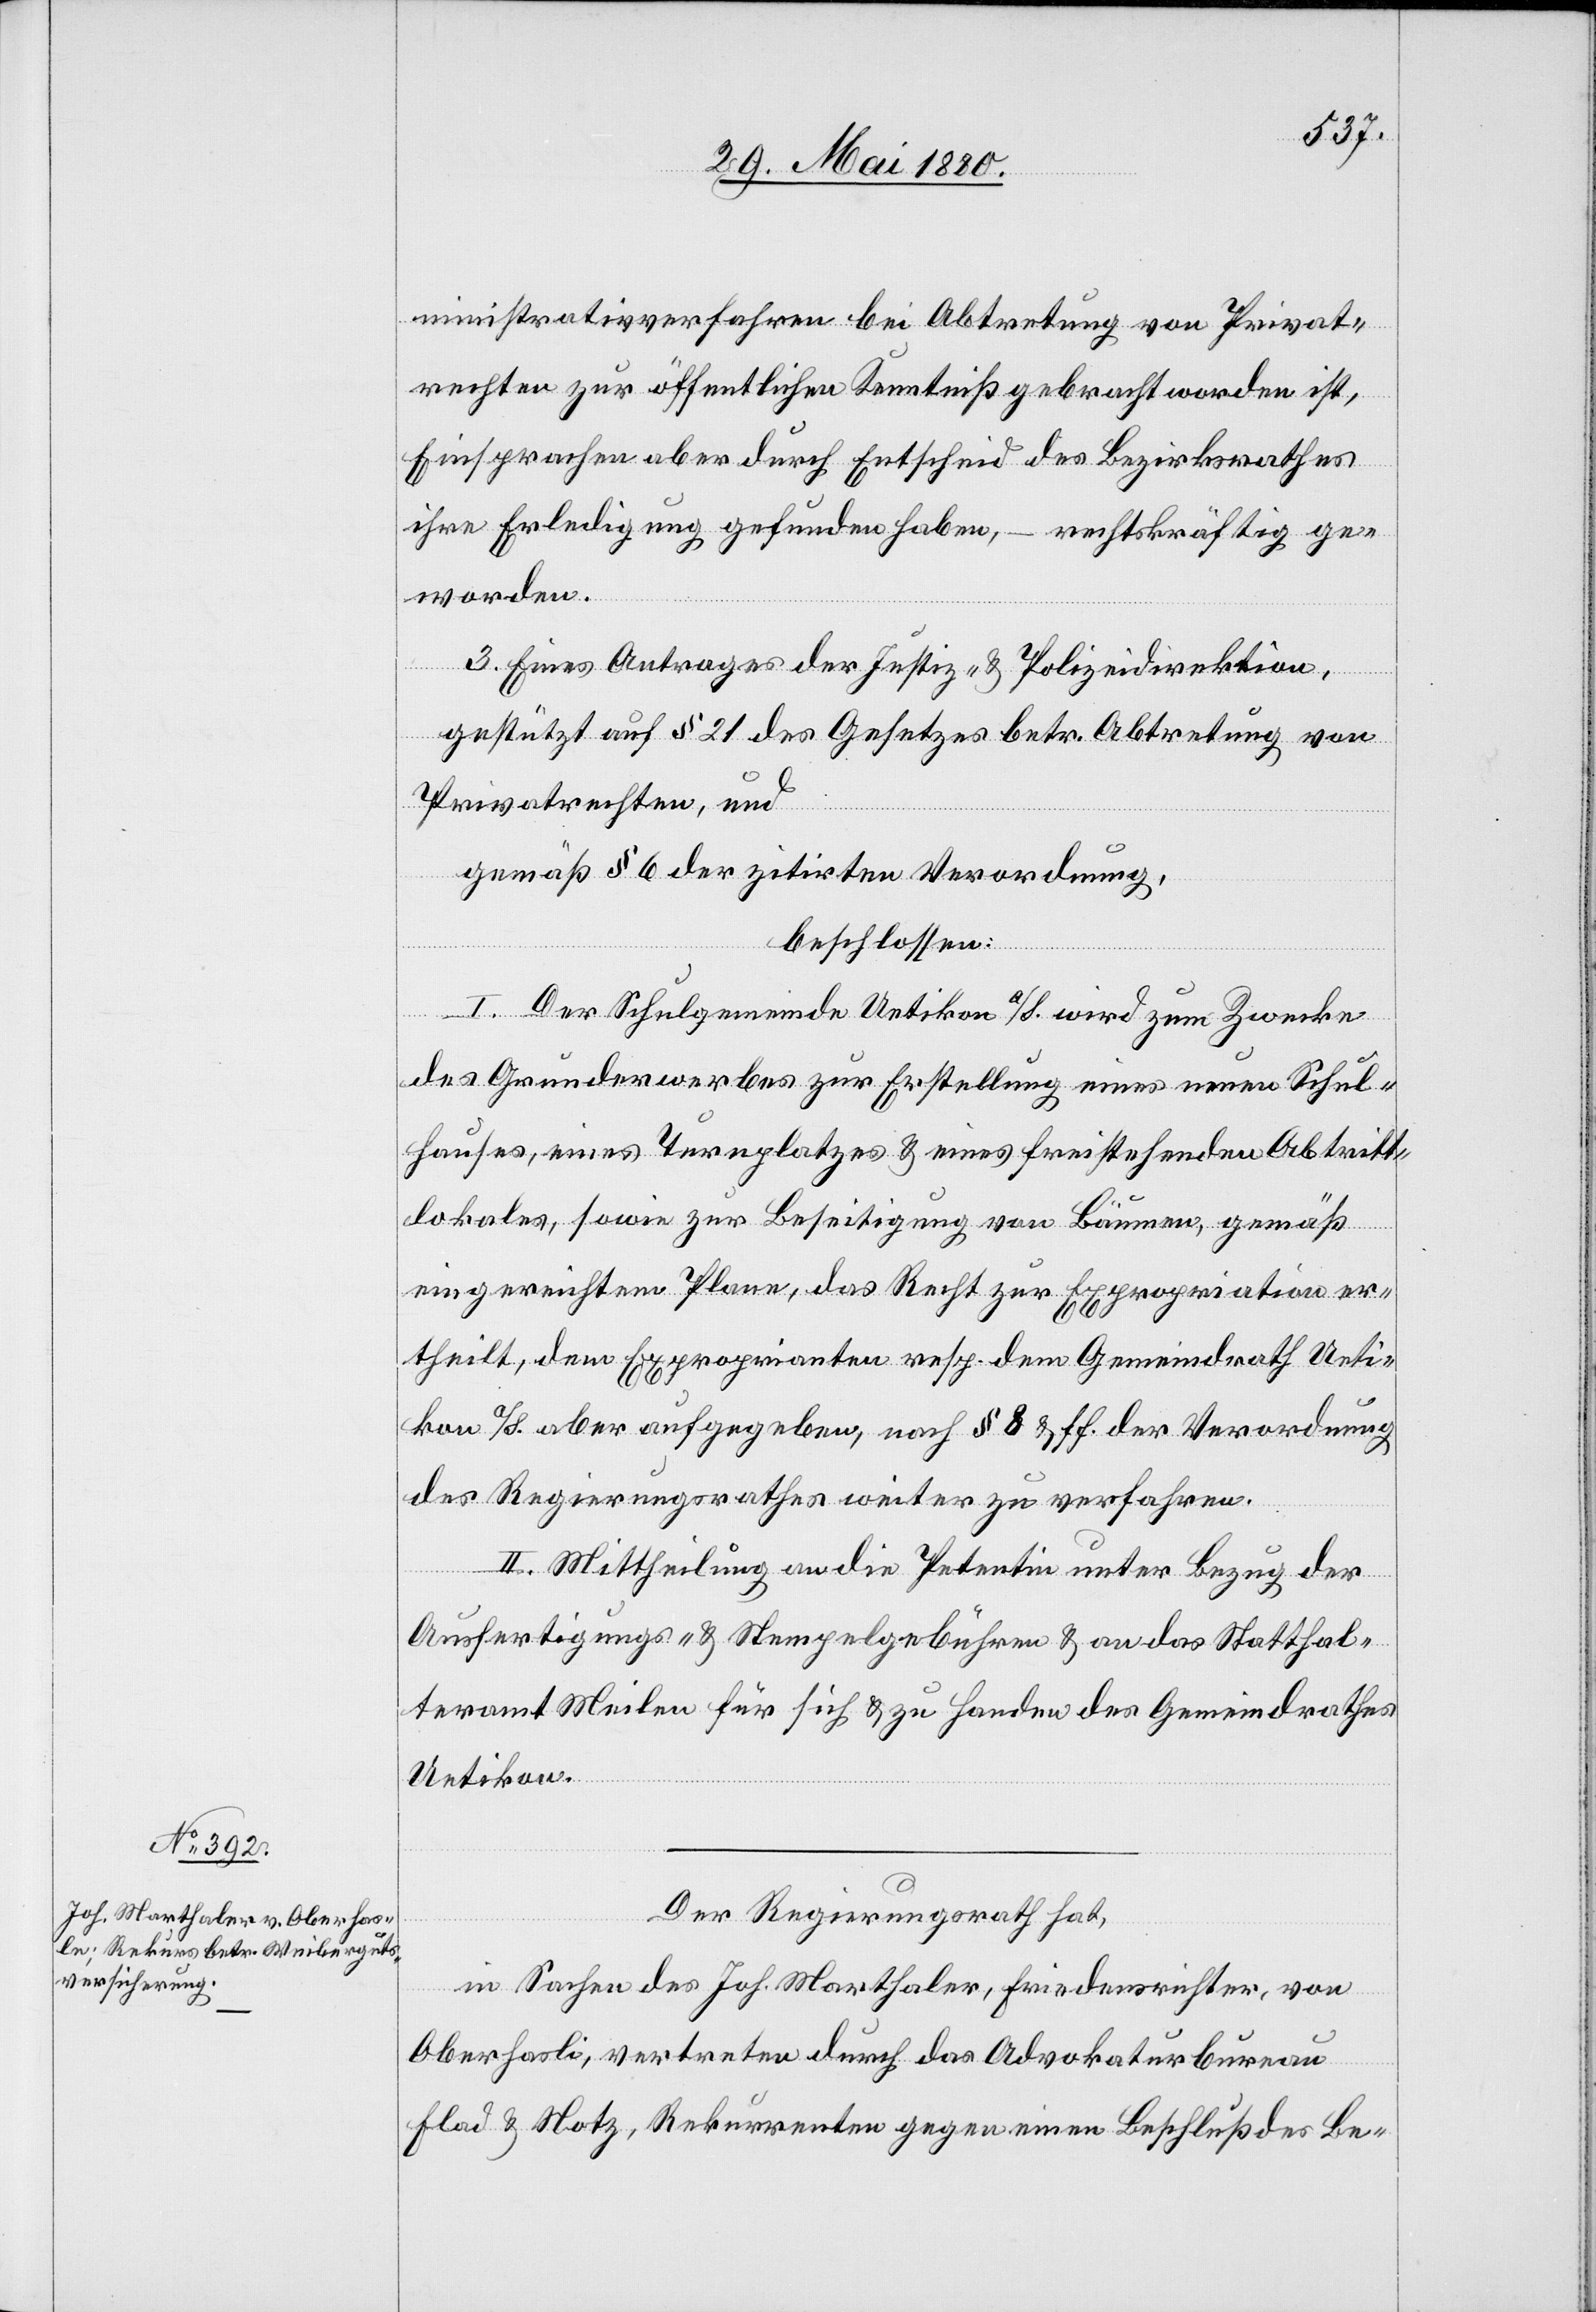
ministrativverfahren bei Abtretung von Privat¬
rechten zur öffentlichen Kenntniß gebracht worden ist,
Einsprachen aber durch Entscheid des Bezirksrathes
ihre Erledigung gefunden haben, – rechtskräftig ge¬
worden.
3. Eines Antrages der Justiz- & Polizeidirektion,
gestützt auf § 21 des Gesetzes betr. Abtretung von
Privatrechten, und
gemäß § 6 der zitirten Verordnung,
beschlossen:
I. Der Schulgemeinde Uetikon a/S. wird zum Zwecke
des Grunderwerbes zur Erstellung eines neuen Schul¬
hauses, eines Turnplatzes & eines freistehenden Abtritt¬
lokales, sowie zur Beseitigung von Bäumen, gemäß
eingereichtem Plane, das Recht zur Expropriation er¬
theilt, dem Exproprianten resp. dem Gemeindrath Ueti¬
kon a/S. aber aufgegeben, nach § 7 & ff. der Verordnung
des Regierungsrathes weiter zu verfahren.
II. Mittheilung an die Petentin unter Bezug der
Ausfertigungs- & Stempelgebühren & an das Statthal¬
teramt Meilen für sich & zu Handen des Gemeindrathes
Uetikon.
Der Regierungsrath hat,
in Sachen des Joh. Marthaler, Friedensrichter, von
Oberhasli [sic!], vertreten durch das Advokaturbureau
Flad & Notz, Rekurrenten gegen einen Beschluß des Be-